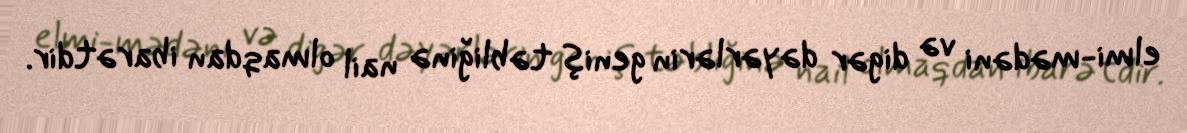
elmi-mədəni və digər dəyərlərin geniş təbliğinə nail olmaqdan ibarətdir.